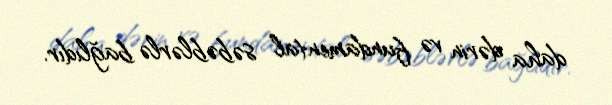
daha dərin və fundamental səbəblərlə bağlıdır.